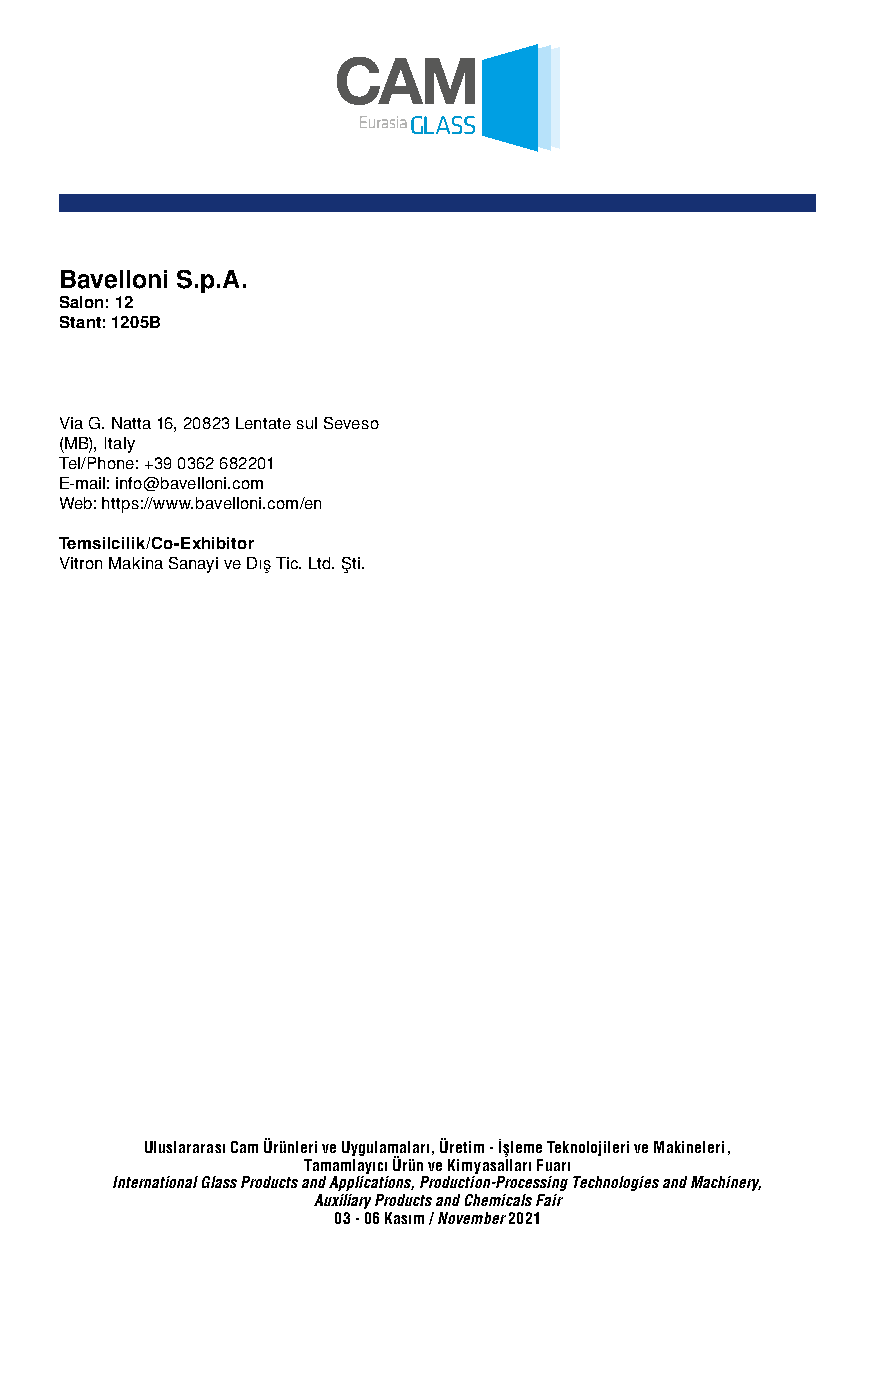
Bavelloni S.p.A.
 Salon: 12
 Stant: 1205B
 Via G. Natta 16, 20823 Lentate sul Seveso
 (MB), Italy
 Tel/Phone: +39 0362 682201
 E-mail: info@bavelloni.com
 Web: https://www.bavelloni.com/en
 Temsilcilik/Co-Exhibitor
 Vitron Makina Sanayi ve Dış Tic. Ltd. Şti.
 Uluslararası Cam Ürünleri ve Uygulamaları, Üretim - İşleme Teknolojileri ve Makineleri,
 Tamamlayıcı Ürün ve Kimyasalları Fuarı
 International Glass Products and Applications, Production-Processing Technologies and Machinery,
 Auxiliary Products and Chemicals Fair
 03 - 06 Kasım / November 2021